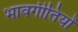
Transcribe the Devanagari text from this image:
भावगीतियों